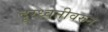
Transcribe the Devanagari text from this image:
दूरध्वनीवरुन